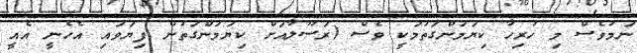
ނަމަވެސް މި ހުރިހާ ކިޔަމަންގަތުމަކީ ވެސް (ރަސޫލާއަށް ކިޔަމަންގަތުން ފިޔަވައި އެހެނީ އެއީ